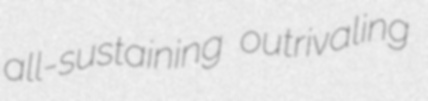
all-sustaining outrivaling